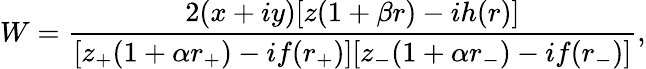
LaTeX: W=\frac{2(x+iy)[z(1+\beta r)-ih(r)]}{[z_{+}(1+\alpha r_{+})-if(r_{+})][z_{-}(1+\alpha r_{-})-if(r_{-})]},